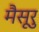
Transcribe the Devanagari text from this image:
मैसूरु